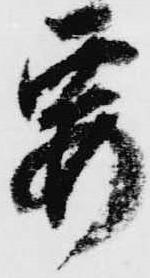
要